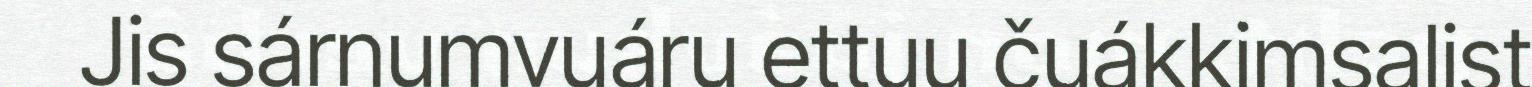
Jis sárnumvuáru ettuu čuákkimsalist